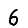
Digit: 6